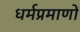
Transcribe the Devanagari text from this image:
धर्मप्रमाणों